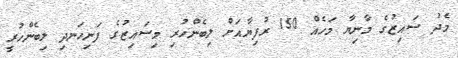
މެދު ސައިޒުގެ މާނިޔާ މަހެއް 150 ރުފިޔާއަށް ލިބެންހުރި މިސައިޒުގެ ފަނިހަނދި ލިބެންހުރީ